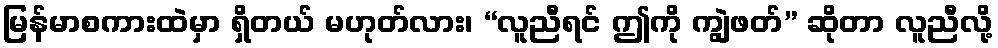
မြန်မာစကားထဲမှာ ရှိတယ် မဟုတ်လား၊ “လူညီရင် ဤကို ကျွဲဖတ်” ဆိုတာ လူညီလို့